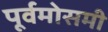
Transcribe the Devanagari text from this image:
पूर्वमोसमी